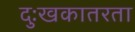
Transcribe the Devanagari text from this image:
दुःखकातरता